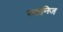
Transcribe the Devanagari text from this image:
स्वानिज